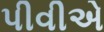
પીવીએ